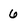
Character: 6